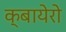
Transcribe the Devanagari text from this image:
क्बायेरो